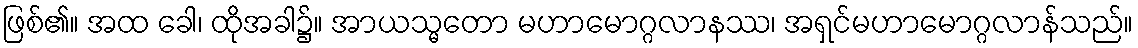
ဖြစ်၏။ အထ ခေါ၊ ထိုအခါ၌။ အာယသ္မတော မဟာမောဂ္ဂလာနဿ၊ အရှင်မဟာမောဂ္ဂလာန်သည်။